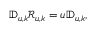
\begin{array} { r } { \mathbb { D } _ { u , k } \mathcal { R } _ { u , k } = u \mathbb { D } _ { u , k } , } \end{array}